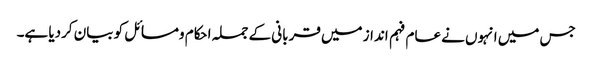
جس میں انہوں نے عام فہم انداز میں قربانی کے جملہ احکام ومسائل کو بیان کردیا ہے۔